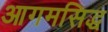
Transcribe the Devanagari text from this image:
आगमसिद्ध